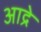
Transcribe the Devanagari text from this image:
आद्रे